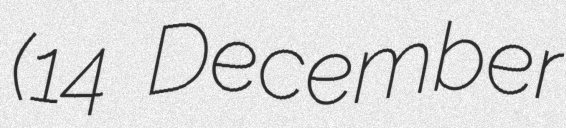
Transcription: (14 December